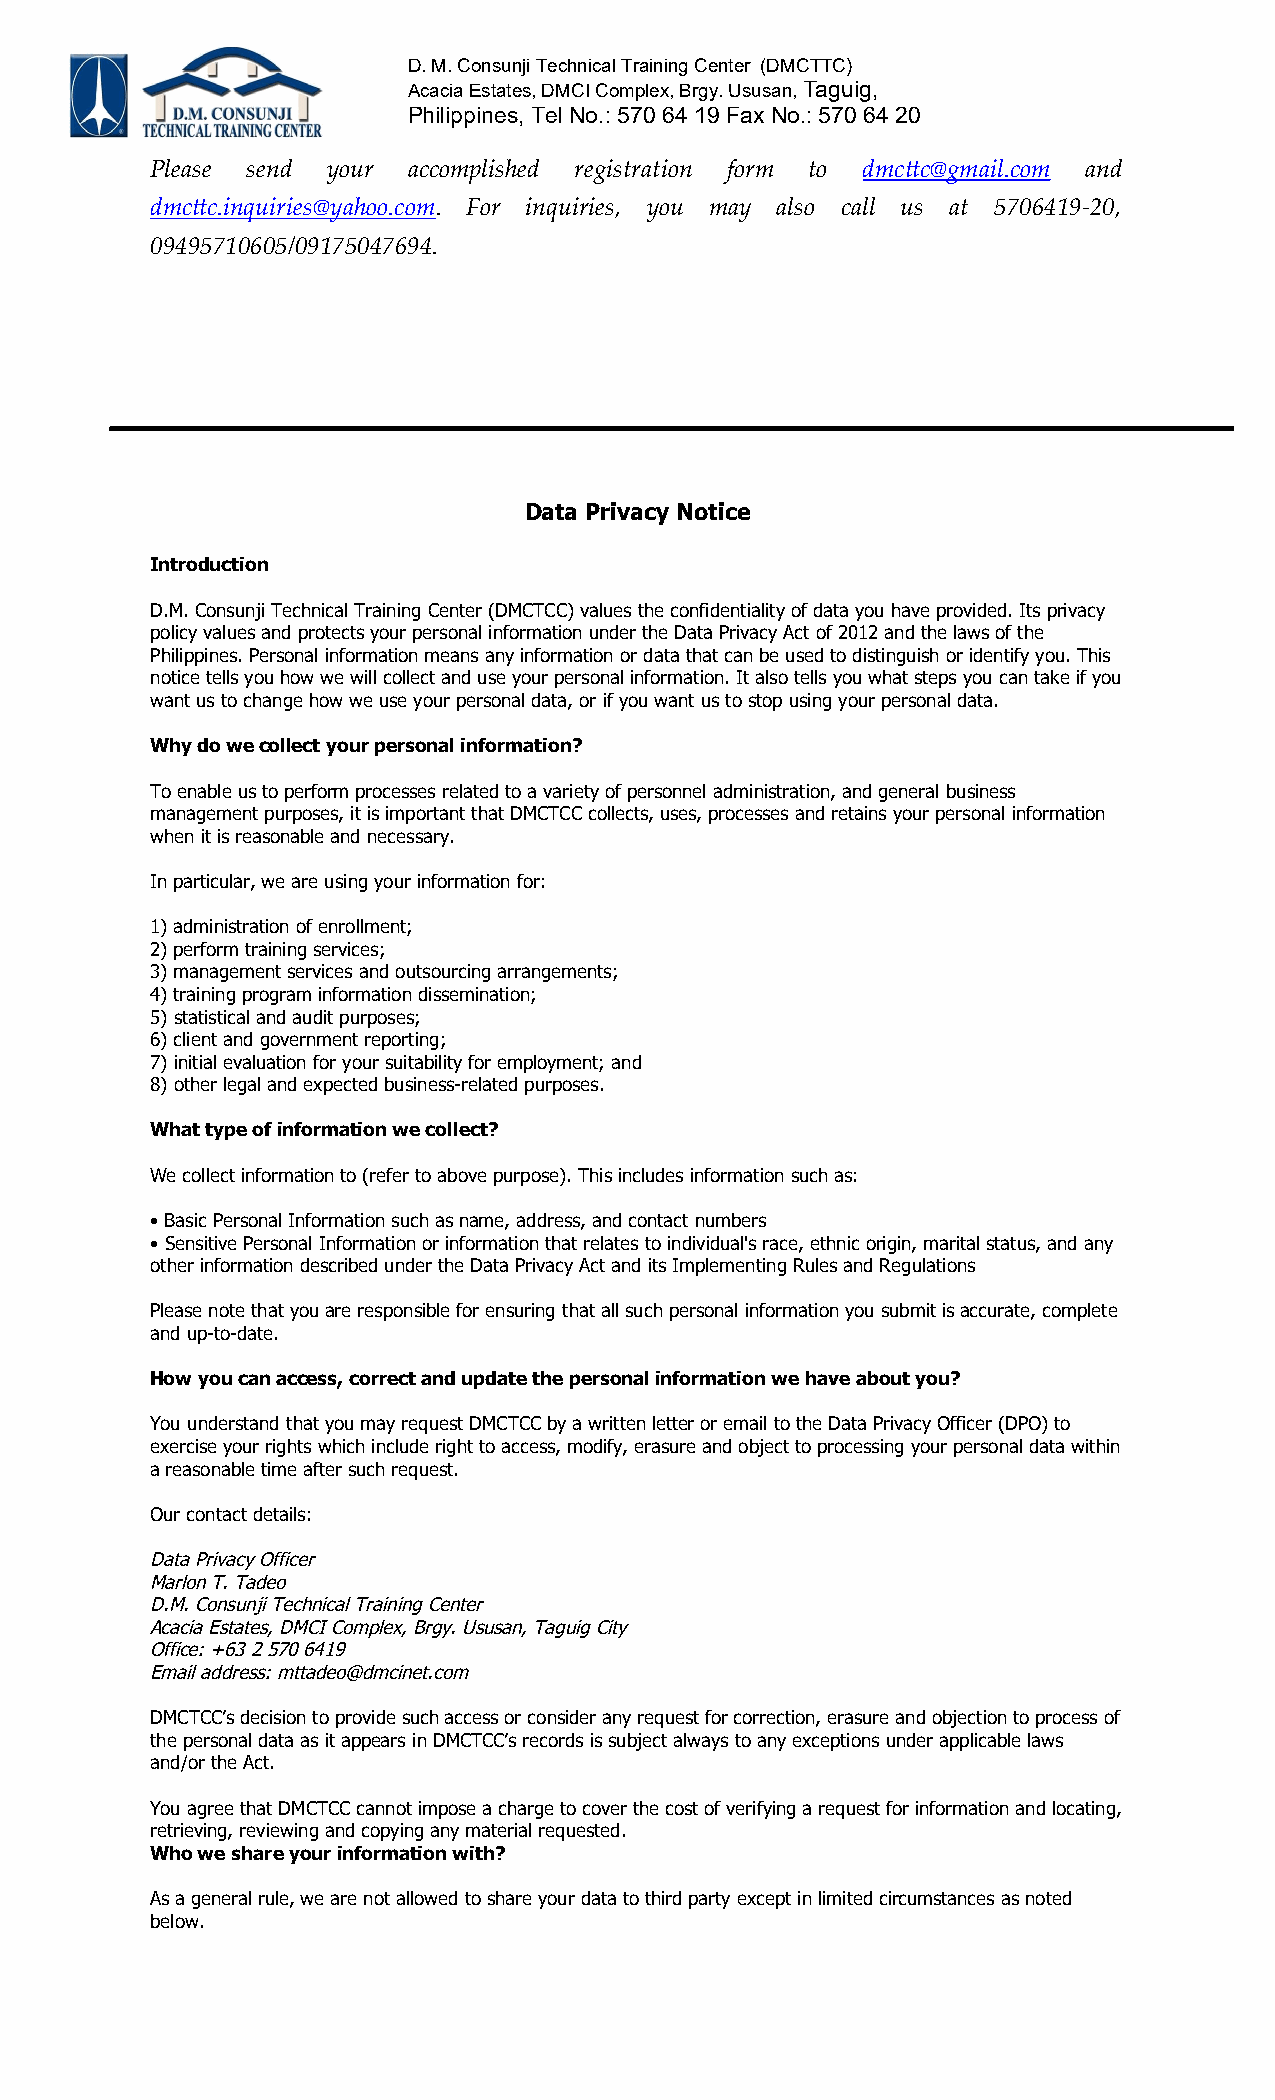
D.M. Consunji Technical Training Center (DMCTTC)
 Acacia Estates, DMCI Complex, Brgy. Ususan, Taguig,
 Philippines, Tel No.: 570 64 19 Fax No.: 570 64 20
 Please send your accomplished registration form to dmcttc@gmail.com and
 dmcttc.inquiries@yahoo.com. For inquiries, you may also call us at 5706419-20,
 09495710605/09175047694.
 Data Privacy Notice
 Introduction
 D.M. Consunji Technical Training Center (DMCTCC) values the confidentiality of data you have provided. Its privacy
 policy values and protects your personal information under the Data Privacy Act of 2012 and the laws of the
 Philippines. Personal information means any information or data that can be used to distinguish or identify you. This
 notice tells you how we will collect and use your personal information. It also tells you what steps you can take if you
 want us to change how we use your personal data, or if you want us to stop using your personal data.
 Why do we collect your personal information?
 To enable us to perform processes related to a variety of personnel administration, and general business
 management purposes, it is important that DMCTCC collects, uses, processes and retains your personal information
 when it is reasonable and necessary.
 In particular, we are using your information for:
 1)administration of enrollment;
 2)perform training services;
 3)management services and outsourcing arrangements;
 4)training program information dissemination;
 5)statistical and audit purposes;
 6)client and government reporting;
 7)initial evaluation for your suitability for employment; and
 8)other legal and expected business-related purposes.
 What type of information we collect?
 We collect information to (refer to above purpose). This includes information such as:
 •Basic Personal Information such as name, address, and contact numbers
 •Sensitive Personal Information or information that relates to individual's race, ethnic origin, marital status, and any
 other information described under the Data Privacy Act and its Implementing Rules and Regulations
 Please note that you are responsible for ensuring that all such personal information you submit is accurate, complete
 and up-to-date.
 How you can access, correct and update the personal information we have about you?
 You understand that you may request DMCTCC by a written letter or email to the Data Privacy Officer (DPO) to
 exercise your rights which include right to access, modify, erasure and object to processing your personal data within
 a reasonable time after such request.
 Our contact details:
 Data Privacy Officer
 Marlon T. Tadeo
 D.M. Consunji Technical Training Center
 Acacia Estates, DMCI Complex, Brgy. Ususan, Taguig City
 Office: +63 2 570 6419
 Email address: mttadeo@dmcinet.com
 DMCTCC’s decision to provide such access or consider any request for correction, erasure and objection to process of
 the personal data as it appears in DMCTCC’s records is subject always to any exceptions under applicable laws
 and/or the Act.
 You agree that DMCTCC cannot impose a charge to cover the cost of verifying a request for information and locating,
 retrieving, reviewing and copying any material requested.
 Who we share your information with?
 As a general rule, we are not allowed to share your data to third party except in limited circumstances as noted
 below.